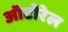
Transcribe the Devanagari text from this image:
ऑटोरेल